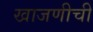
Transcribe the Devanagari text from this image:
खाजणीची